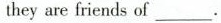
they are friends of ___.